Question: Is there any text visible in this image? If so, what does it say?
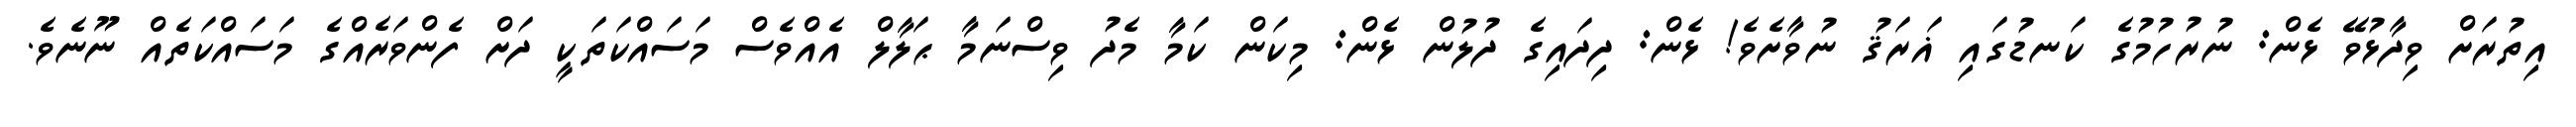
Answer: އިތުރަށް ވިދާޅުވޭ ޅެން: ނުރުހުމުގެ ކަނޑުގައި ޣަރަޤު ނުވާށެވެ! ޅެން: ދިދައިގެ ދުލުން ޅެން: މިކަން ކަމާ މެދު ވިސްނަމާ ޙަލާލް އެއްވެސް މަސައްކަތަކީ ދަށް ފެންވަރެއްގެ މަސައްކަތެއް ނޫނެވެ.